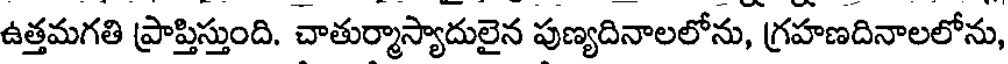
ఉత్తమగతి ప్రాప్తిస్తుంది. చాతుర్మాస్యాదులైన పుణ్యదినాలలోను, గ్రహణదినాలలోను,